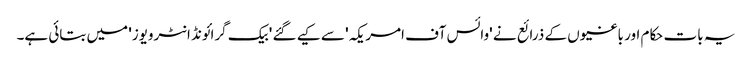
یہ بات حکام اور باغیوں کے ذرائع نے 'وائس آف امریکہ' سے کیے گئے 'بیک گرائونڈ انٹرویوز' میں بتائی ہے۔